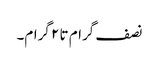
نصف گرام تا ۲ گرام۔